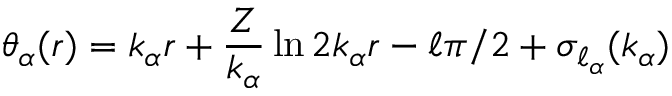
\theta _ { \alpha } ( r ) = k _ { \alpha } r + \frac { Z } { k _ { \alpha } } \ln 2 k _ { \alpha } r - \ell \pi / 2 + \sigma _ { \ell _ { \alpha } } ( k _ { \alpha } )